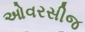
ઓવરસીજ